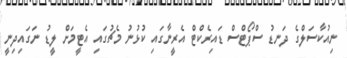
ނިއުކާސަލްގެ ދަނޑު ސްޕޯޓްސް ޑައިރެކްޓް އެރީނާގައި ކުޅުނު މެޗުގައި އެޓީމަށް ލީޑު ނަަގައިދިނީ